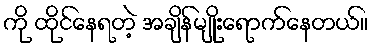
ကို ထိုင်နေရတဲ့ အချိန်မျိုးရောက်နေတယ်။